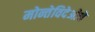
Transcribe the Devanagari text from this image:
मोन्तेविदेओचे